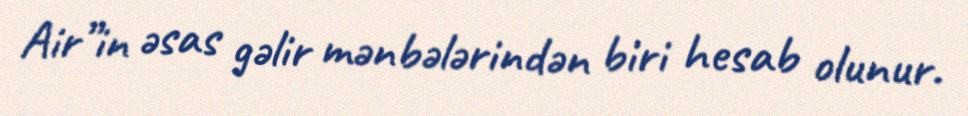
Air”in əsas gəlir mənbələrindən biri hesab olunur.